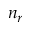
n _ { r }